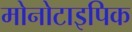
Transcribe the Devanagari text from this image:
मोनोटाइपिक